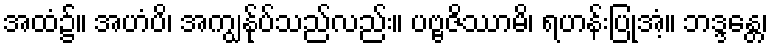
အထံ၌။ အဟံပိ၊ အကျွန်ုပ်သည်လည်း။ ပဗ္ဗဇိဿာမိ၊ ရဟန်းပြုအံ့။ ဘဒ္ဒန္တေ၊